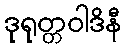
ဒုရုတ္တဝါဒိနီ